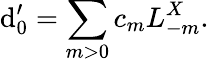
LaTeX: \mathrm{d}_{0}^{\prime}=\sum_{m>0}c_{m}L_{-m}^{X}.